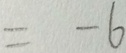
= - 6